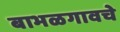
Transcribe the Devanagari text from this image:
बाभळगावचे